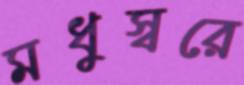
মধুস্বরে